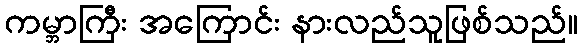
ကမ္ဘာကြီး အကြောင်း နားလည်သူဖြစ်သည်။